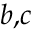
^ { ^ { \, b , c } }